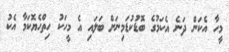
މީހާ އެކަން ދަނެ އެކަމުގެ ބޮޑުކުޑަމިނަށް ބަލައި އެ މީހަކު ހިތްހެޔޮކަމާ އެކު